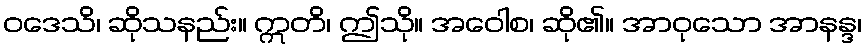
ဝဒေသိ၊ ဆိုသနည်း။ ဣတိ၊ ဤသို။ အဝေါစ၊ ဆို၏။ အာဝုသော အာနန္ဒ၊